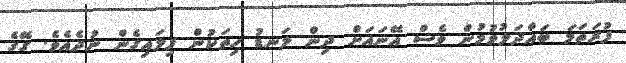
ފުރަތަމަ ބައްދަލުވުމުން ވެސް އޭނައަށް ދިން ލަނޑު ހިތަކުން ފިލައިގެން ނުދެއެވެ. ގޭގެ